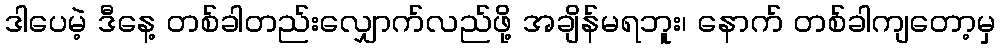
ဒါပေမဲ့ ဒီနေ့ တစ်ခါတည်းလျှောက်လည်ဖို့ အချိန်မရဘူး၊ နောက် တစ်ခါကျတော့မှ